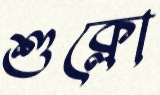
শুক্লো